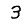
Digit: 3